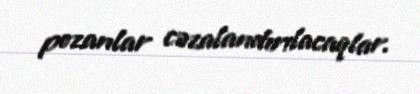
pozanlar cəzalandırılacaqlar.